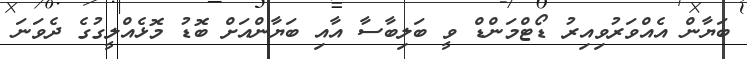
ބަޔާން އެއްވަރުވިއިރު ޑޯޓްމަންޑް ވީ ބަލިބާސާ އާއި ބަޔާންއަށް ބޮޑު މޮޅެއްލީގުގެ ދެވަނަ